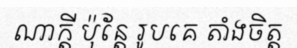
ណាក្តី ប៉ុន្តែ រូបគេ តាំងចិត្ត